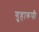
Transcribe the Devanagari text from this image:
गुहारूपी